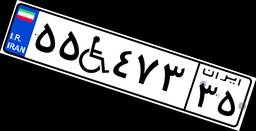
۵۵W۴۷۳۳۵